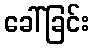
ခေါ်ခြင်း